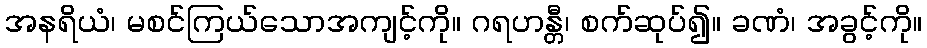
အနရိယံ၊ မစင်ကြယ်သောအကျင့်ကို။ ဂရဟန္တီ၊ စက်ဆုပ်၍။ ခဏံ၊ အခွင့်ကို။